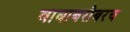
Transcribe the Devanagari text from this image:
वाघाबरोबरच